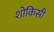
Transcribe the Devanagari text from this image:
शोकिसी